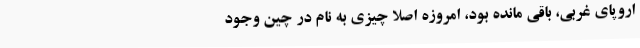
اروپای غربی، باقی مانده بود، امروزه اصلا چیزی به نام در چین وجود